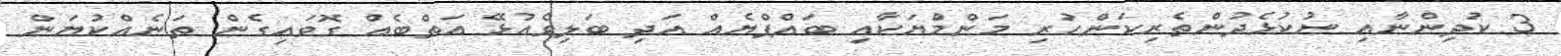
3 ކުދިންނާއި ނުކުޅެދުންތެރިކަންހުރި މަންމްުޔަކާއި ބައްޕްޔެއް އަދި ބަލިވެއުޅޭ އަތްބެއް ގޮވައިގެން ތަނެއްކުޔަން